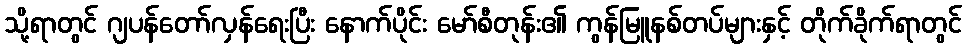
သို့ရာတွင် ဂျပန်တော်လှန်ရေးပြီး နောက်ပိုင်း မော်စီတုန်း၏ ကွန်မြူနစ်တပ်များနှင့် တိုက်ခိုက်ရာတွင်